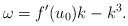
\begin{align*}\omega=f'(u_0)k-k^3.\end{align*}